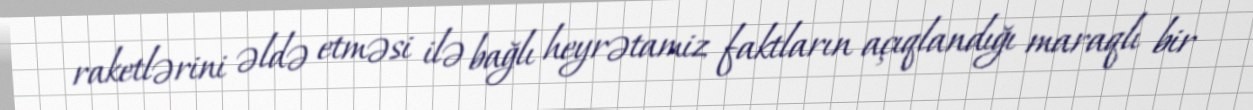
raketlərini əldə etməsi ilə bağlı heyrətamiz faktların açıqlandığı maraqlı bir